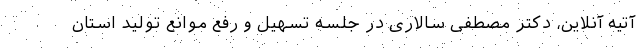
آتیه آنلاین، دکتر مصطفی سالاری در جلسه تسهیل و رفع موانع تولید استان